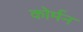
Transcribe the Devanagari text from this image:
कोर्मन